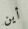
أين